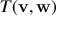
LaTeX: T ( \mathbf { v } , \mathbf { w } )